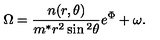
\Omega = \frac { n ( r , \theta ) } { m ^ { * } r ^ { 2 } \sin { } ^ { 2 } \theta } e ^ { \Phi } + \omega .